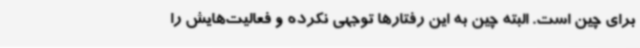
برای چین است. البته چین به این رفتارها توجهی نکرده و فعالیت‌هایش را